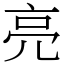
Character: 亮